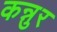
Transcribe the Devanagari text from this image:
कन्नुर